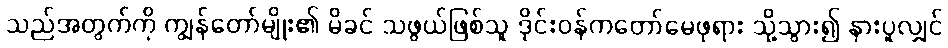
သည်အတွက်ကို ကျွန်တော်မျိုး၏ မိခင် သဖွယ်ဖြစ်သူ ဒိုင်းဝန်ကတော်မေဖုရား သို့သွား၍ နားပူလျှင်